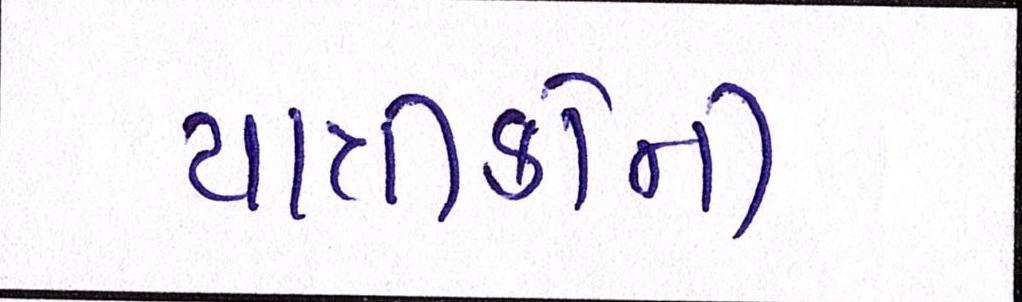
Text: યાત્રીકોની